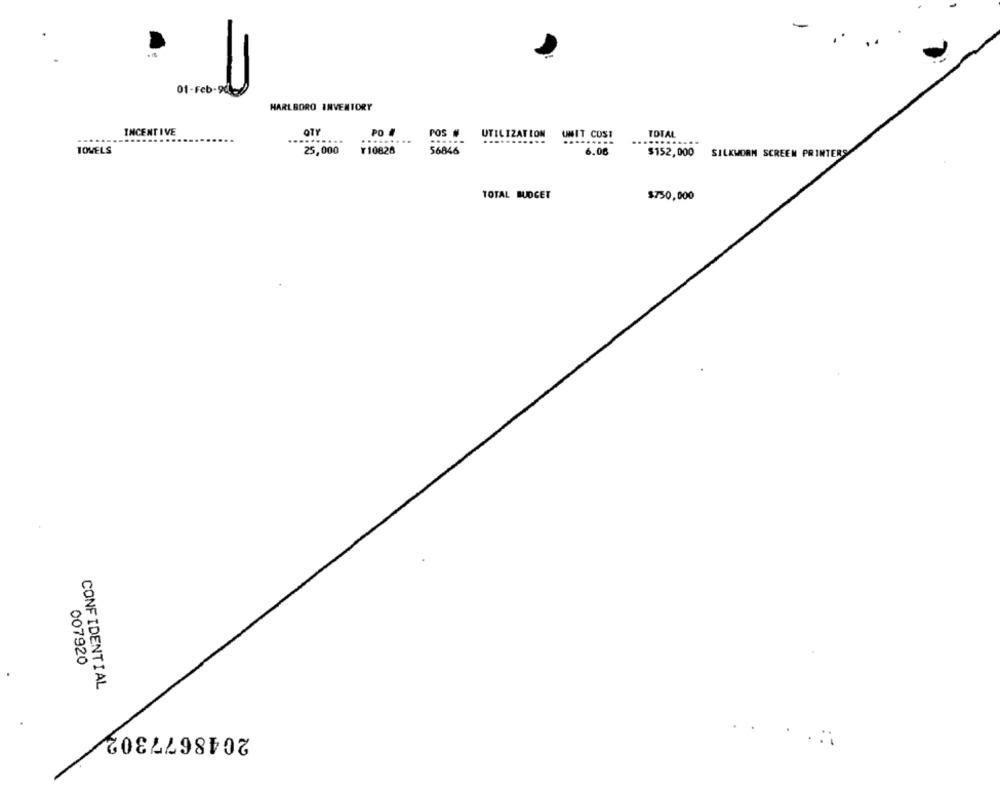
01-Feb-90
MARLBORO INVENTORY
INCENTIVE
OTY
PO #
POS #
UTILIZATION
UMIT COST
TOTAL
......
...
......
...........
....
...
TOVELS
25,000
Y10826
56846
6.06
$152,000 SILKWORM SCREEN PRINTERS
TOTAL BUDGET
$750,000
007920
CONFIDENTIAL
2048677302